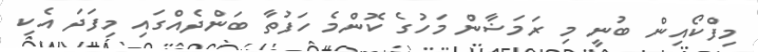
މިފްކޯއިން ބުނީ މި ރަމަޟާން މަހުގެ ކޮންމެ ހަފުތާ ބަންދެއްގައި މިފަދަ އެކި